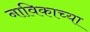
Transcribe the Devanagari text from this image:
नाविकाच्या